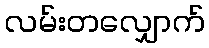
လမ်းတလျှောက်